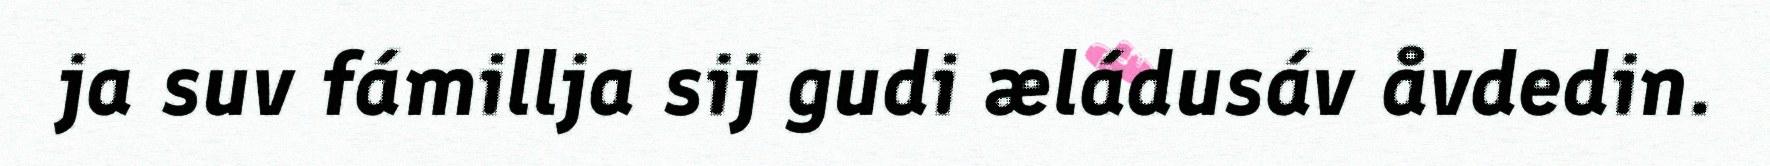
ja suv fámillja sij gudi æládusáv åvdedin.